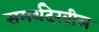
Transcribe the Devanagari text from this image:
समर्थदेखील